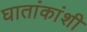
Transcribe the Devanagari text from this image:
घातांकांशी